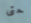
حتى